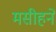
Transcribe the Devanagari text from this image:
मसीहने